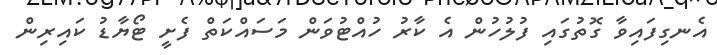
އެނގިފައިވާ ގޮތުގައި ފުލުހުން އެ ކާރު ހުއްޓުވަން މަސައްކަތް ފެށީ ޓޯޔާޑު ކައިރިން